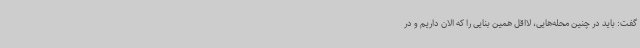
گفت: باید در چنین محله‌هایی، لااقل همین بنایی را که الان داریم و در